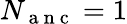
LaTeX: N_{\mathrm{~a~n~c~}}=1